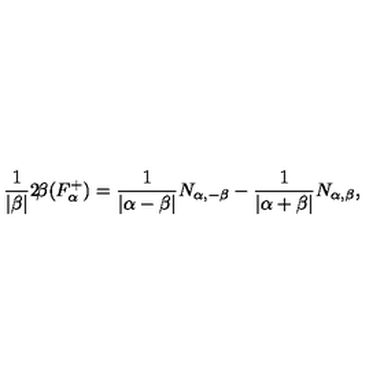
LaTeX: \frac { 1 } { | \beta | } 2 \! \beta ( F _ { \alpha } ^ { + } ) = \frac { 1 } { | \alpha - \beta | } N _ { \alpha , - \beta } - \frac { 1 } { | \alpha + \beta | } N _ { \alpha , \beta } ,